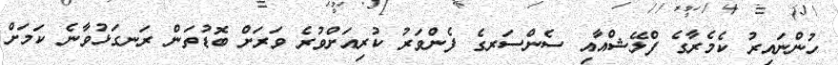
ހުންނައިރު ކެމެރާގެ ފްލޭޝްއާއި ސެންސަރގެ ފެންވަރު ކުރިއަށްވުރެ ވަރަށް ބޮޑުތަން ރަނގަޅުވާނެ ކަމަށް